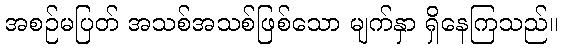
အစဉ်မပြတ် အသစ်အသစ်ဖြစ်သော မျက်နှာ ရှိနေကြသည်။